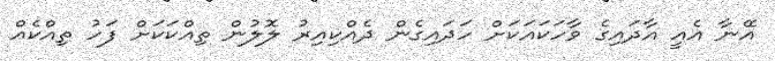
އޭނާ އެއީ އާދައިގެ ވާހަކައަކަށް ހަދައިގެން ދެއްކިއިރު ލޮލުން ތިއްކަކަށް ފަހު ތިއްކެއް